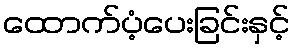
ထောက်ပံ့ပေးခြင်းနှင့်